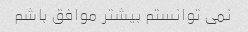
نمی توانستم بیشتر موافق باشم